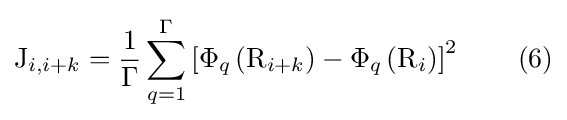
\mathrm {J} _{i,i+k}={\frac {1}{\Gamma }}\sum _{q=1}^{\Gamma }\left[\Phi _{q}\left(\mathrm {R} _{i+k}\right)-\Phi _{q}\left(\mathrm {R} _{i}\right)\right]^{2}\qquad {\text{(6)}}